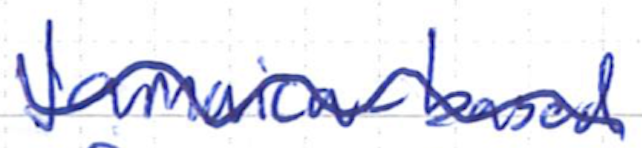
Text: Jamaica-based
Cross-out: wave
Writing tool: ballpoint